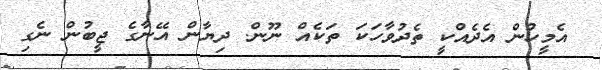
އެމީހުން އެދެއްކީ ތެދުވާހަކަ ތަކެއް ނޫން. ދިޔާން އޭނާގެ ޖީބުން ނެގި